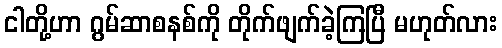
ငါတို့ဟာ ဂွမ်ဆာစနစ်ကို တိုက်ဖျက်ခဲ့ကြပြီ မဟုတ်လား